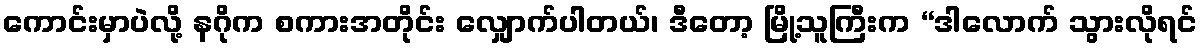
ကောင်းမှာပဲလို့ နဂိုက စကားအတိုင်း လျှောက်ပါတယ်၊ ဒီတော့ မြို့သူကြီးက “ဒါလောက် သွားလိုရင်